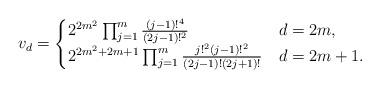
LaTeX: \begin{align*}v_d =\begin{cases}2^{2m^2}\prod_{j=1}^m \frac {(j-1)!^4}{(2j-1)!^2} & d=2m,\\2^{2m^2+2m+1}\prod_{j=1}^m \frac {j!^2(j-1)!^2}{(2j-1)!(2j+1)!}& d=2m+1.\end{cases}\\\end{align*}